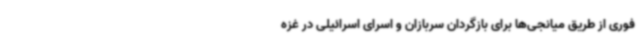
فوری از طریق میانجی‌ها برای بازگردان سربازان و اسرای اسرائیلی در غزه